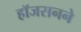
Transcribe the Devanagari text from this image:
हॉजसनने